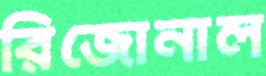
রিজোনাল